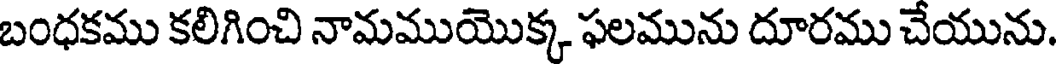
బంధకము కలిగించి నామముయొక్క ఫలమును దూరము చేయును.